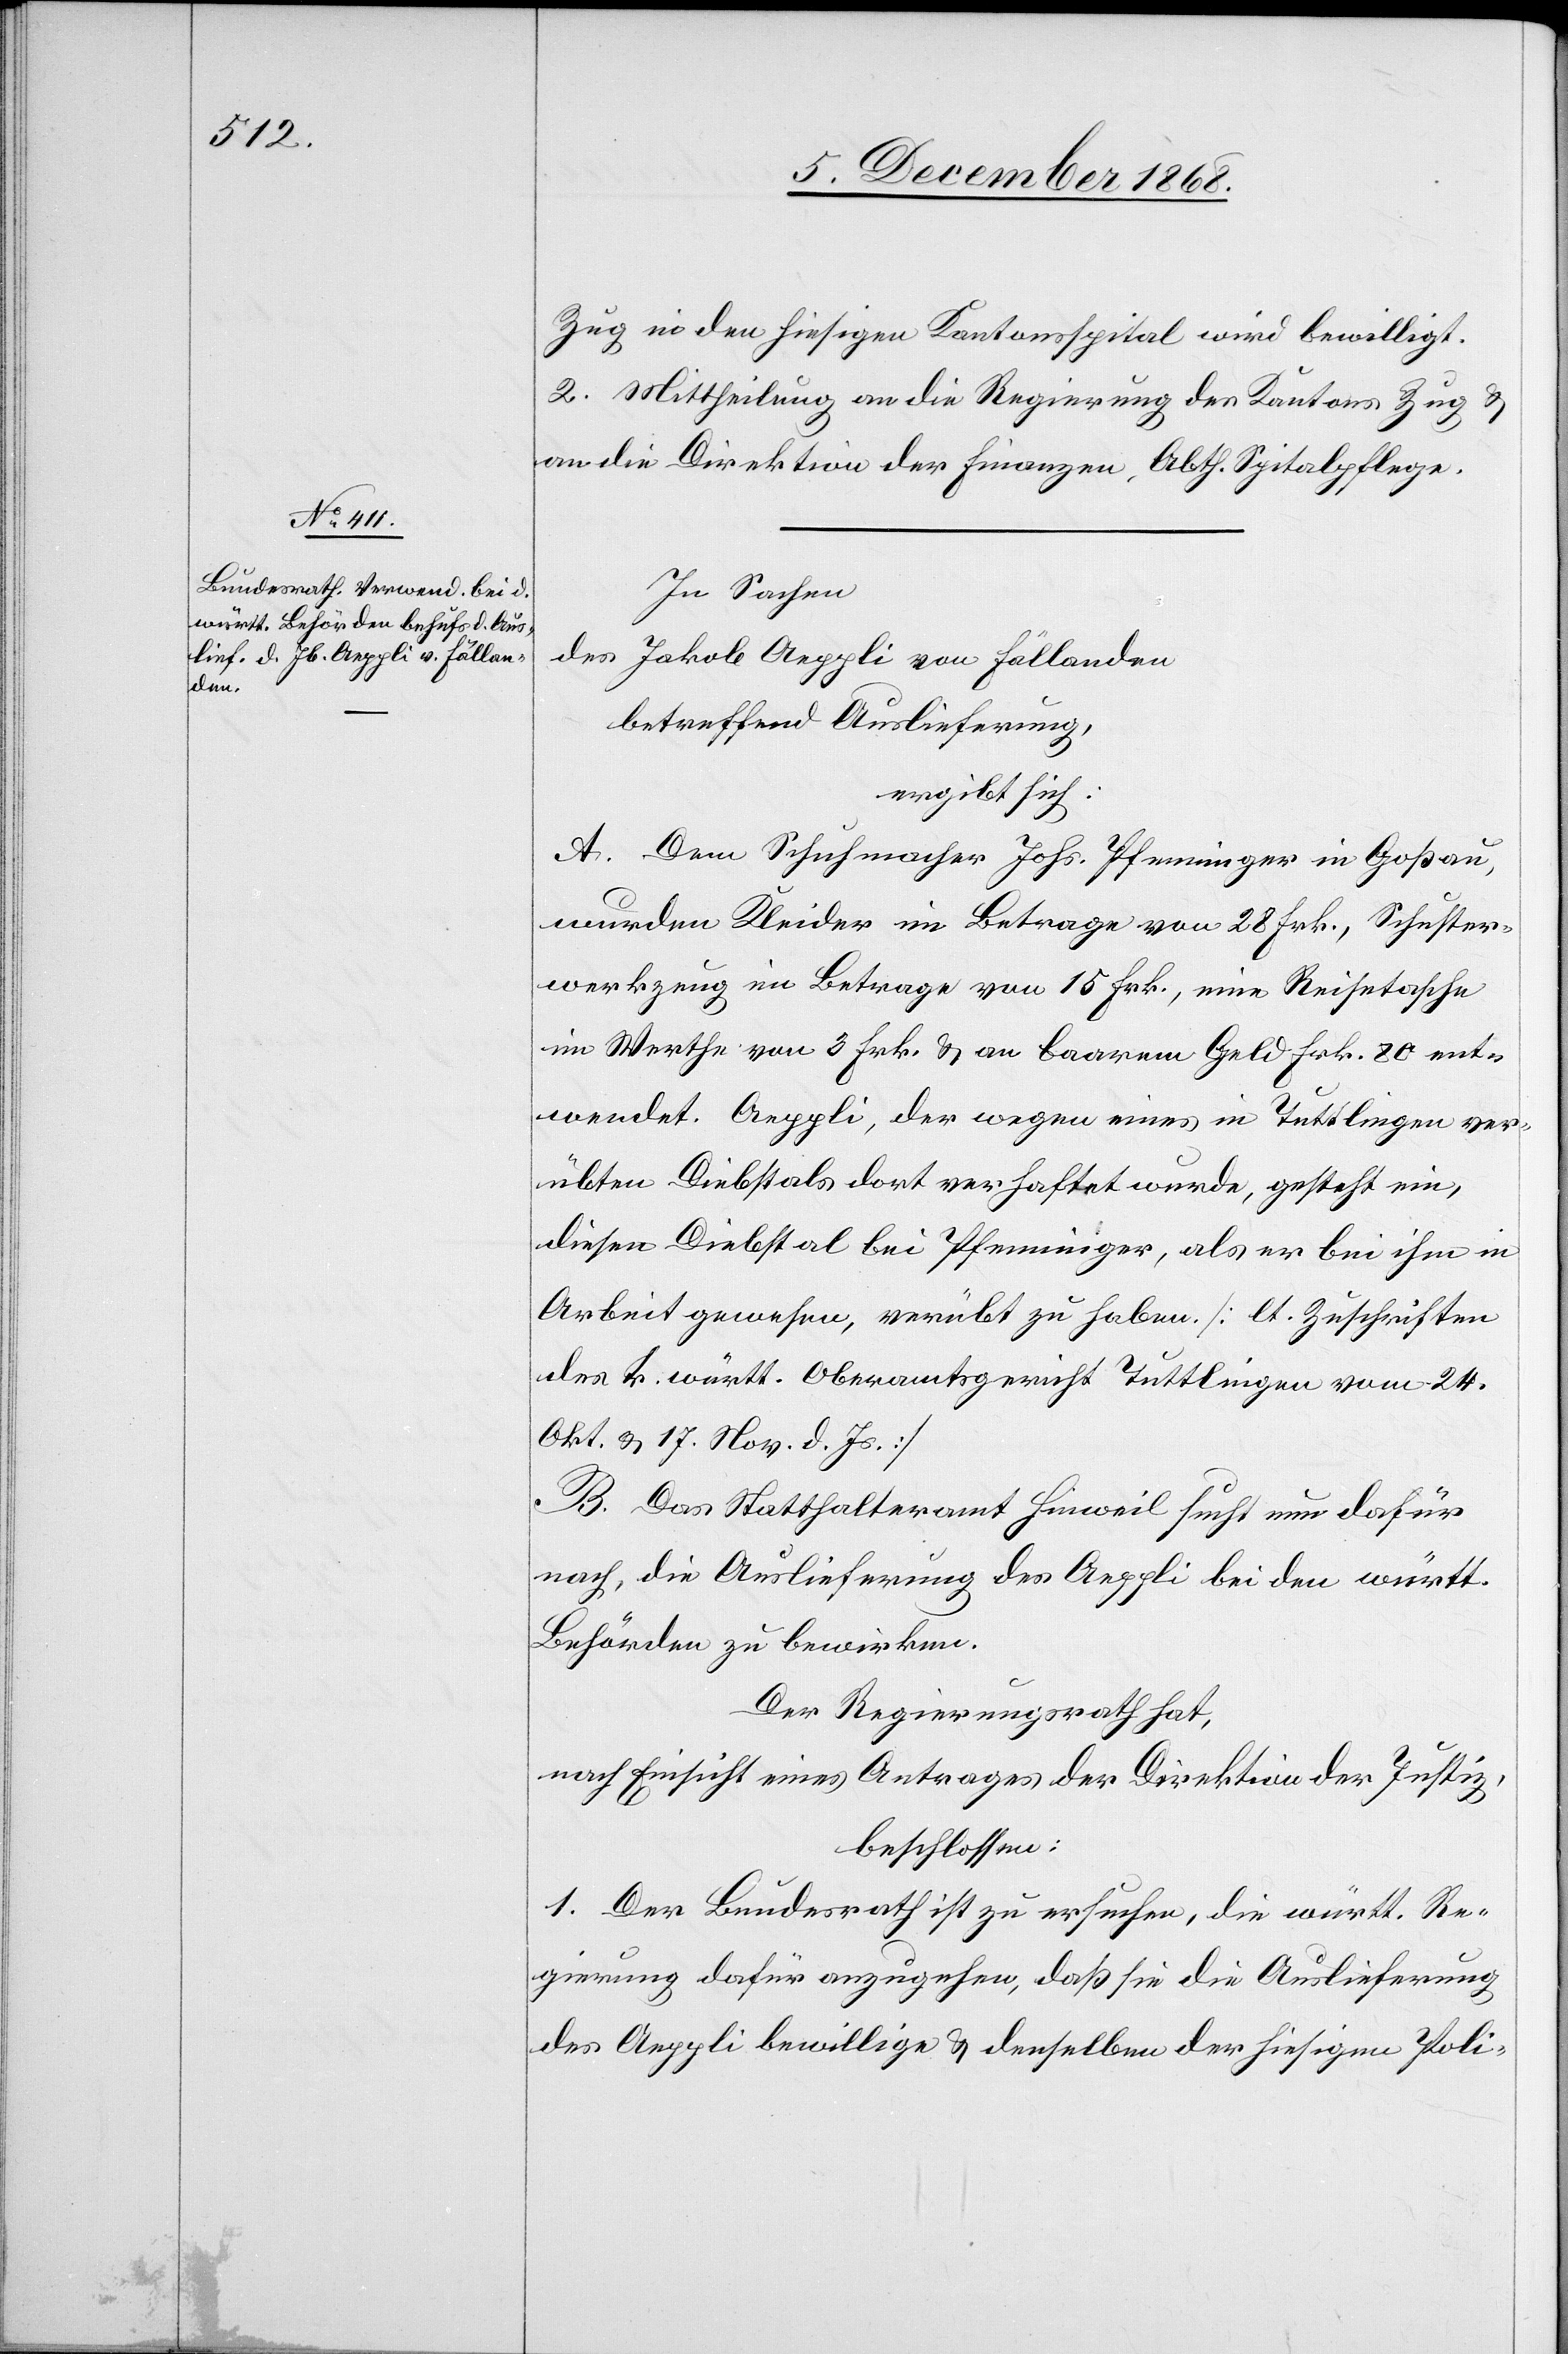
Zug in den hiesigen Kantonsspital wird bewilligt.
2. Mittheilung an die Regierung des Kantons Zug
an die Direktion der Finanzen, Abth. Spitalpflege.
In Sachen
des Jakob Aeppli von Fällanden
betreffend Auslieferung,
ergibt sich:
A. Dem Schuhmacher Johs. Pfenninger in Goßau,
wurden Kleider im Betrage von 28 Frk., Schuster¬
werkzeug im Betrage von 15 Frk., eine Reisetasche
im Werthe von 3 Frk. & an baarem Geld Frk. 80 ent¬
wendet. Aeppli, der wegen eines in Tuttlingen ver¬
übten Diebstals dort verhaftet wurde, gesteht ein,
diesen Diebstal bei Pfenninger, als er bei ihm in
Arbeit gewesen, verübt zu haben [lt. Zuschriften
des k. württ. Oberamtsgericht Tuttlingen vom 24.
Okt. & 17. Nov. d. Js.]
B. Das Statthalteramt Hinweil sucht nun dafür
nach, die Auslieferung des Aeppli bei den württ.
Behörden zu bewirken.
Der Regierungsrath hat,
nach Einsicht eines Antrages der Direktion der Justiz,
beschlossen:
1. Der Bundesrath ist zu ersuchen, die württ. Re¬
gierung dafür anzugehen, daß sie die Auslieferung
des Aeppli bewillige & denselben der hiesigen Poli-